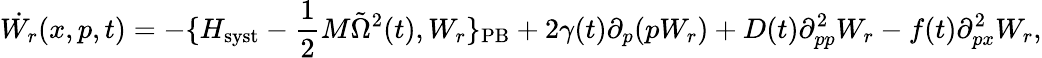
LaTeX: \dot{W_{r}}(x,p,t)=-\{ H_{\mathrm{syst}}-{\frac{1}{2}}M{\tilde{\Omega}}^{2}(t),W_{r}\} _{\mathrm{PB}}+2\gamma(t)\partial_{p}(pW_{r})+D(t)\partial_{pp}^{2}W_{r}-f(t)\partial_{px}^{2}W_{r},